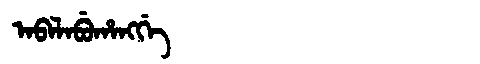
Manchu: ᠠᠪᠠᠯᠠᠪᡠᡥᠠᠩᡤᡝ
Romanization: ABALABUHANGGE